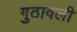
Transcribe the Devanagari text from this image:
गुठावली